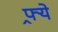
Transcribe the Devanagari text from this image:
फ्र्ये